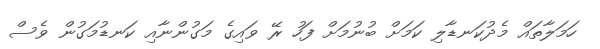
ހަމަލާތައް މެދުކަނޑާލި ކަމަށް ބުނުމަށް ފަހު ރޭ ވައިގެ މަގުންނާއި ކަނޑުމަގުން ވެސް